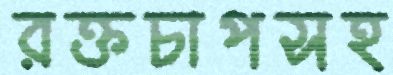
রক্তচাপসহ